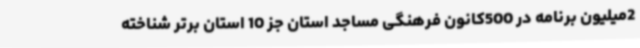
2میلیون برنامه در 500کانون فرهنگی مساجد استان جز 10 استان برتر شناخته